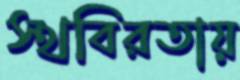
স্থবিরতায়